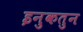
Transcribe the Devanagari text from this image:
इनुकतुन